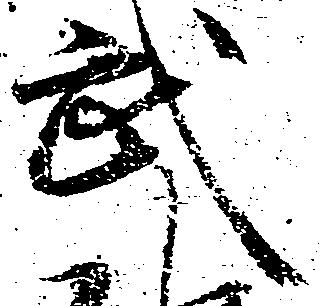
武